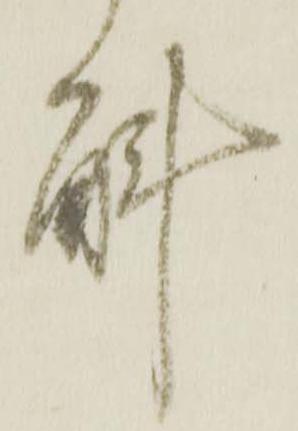
斛